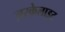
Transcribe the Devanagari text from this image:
ज़रकेलाइट